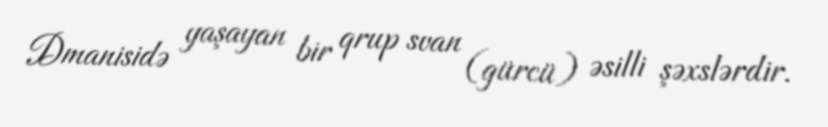
Dmanisidə yaşayan bir qrup svan (gürcü) əsilli şəxslərdir.